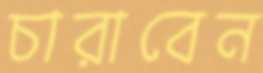
চারাবেন